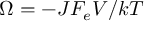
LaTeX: \Omega = - J F _ { e } V / { k T }